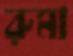
রুমা